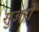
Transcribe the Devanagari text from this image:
सुअरो